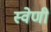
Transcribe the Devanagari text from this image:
स्वेणी